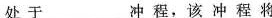
处于___冲程，该冲程将